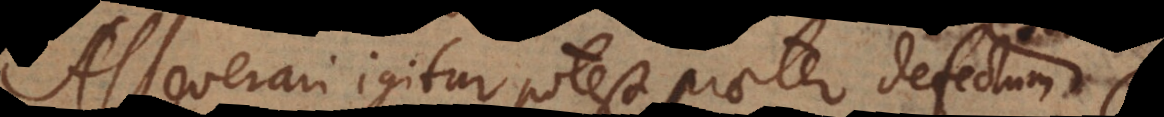
Asseverari igitur potest praeter defectum